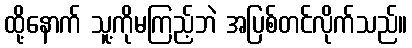
ထို့နောက် သူ့ကိုမကြည့်ဘဲ အပြစ်တင်လိုက်သည်။